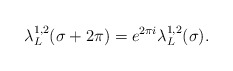
\begin{align*}\lambda_L^{1,2}(\sigma+2\pi) = e^{2\pi i}\lambda_L^{1,2}(\sigma).\end{align*}